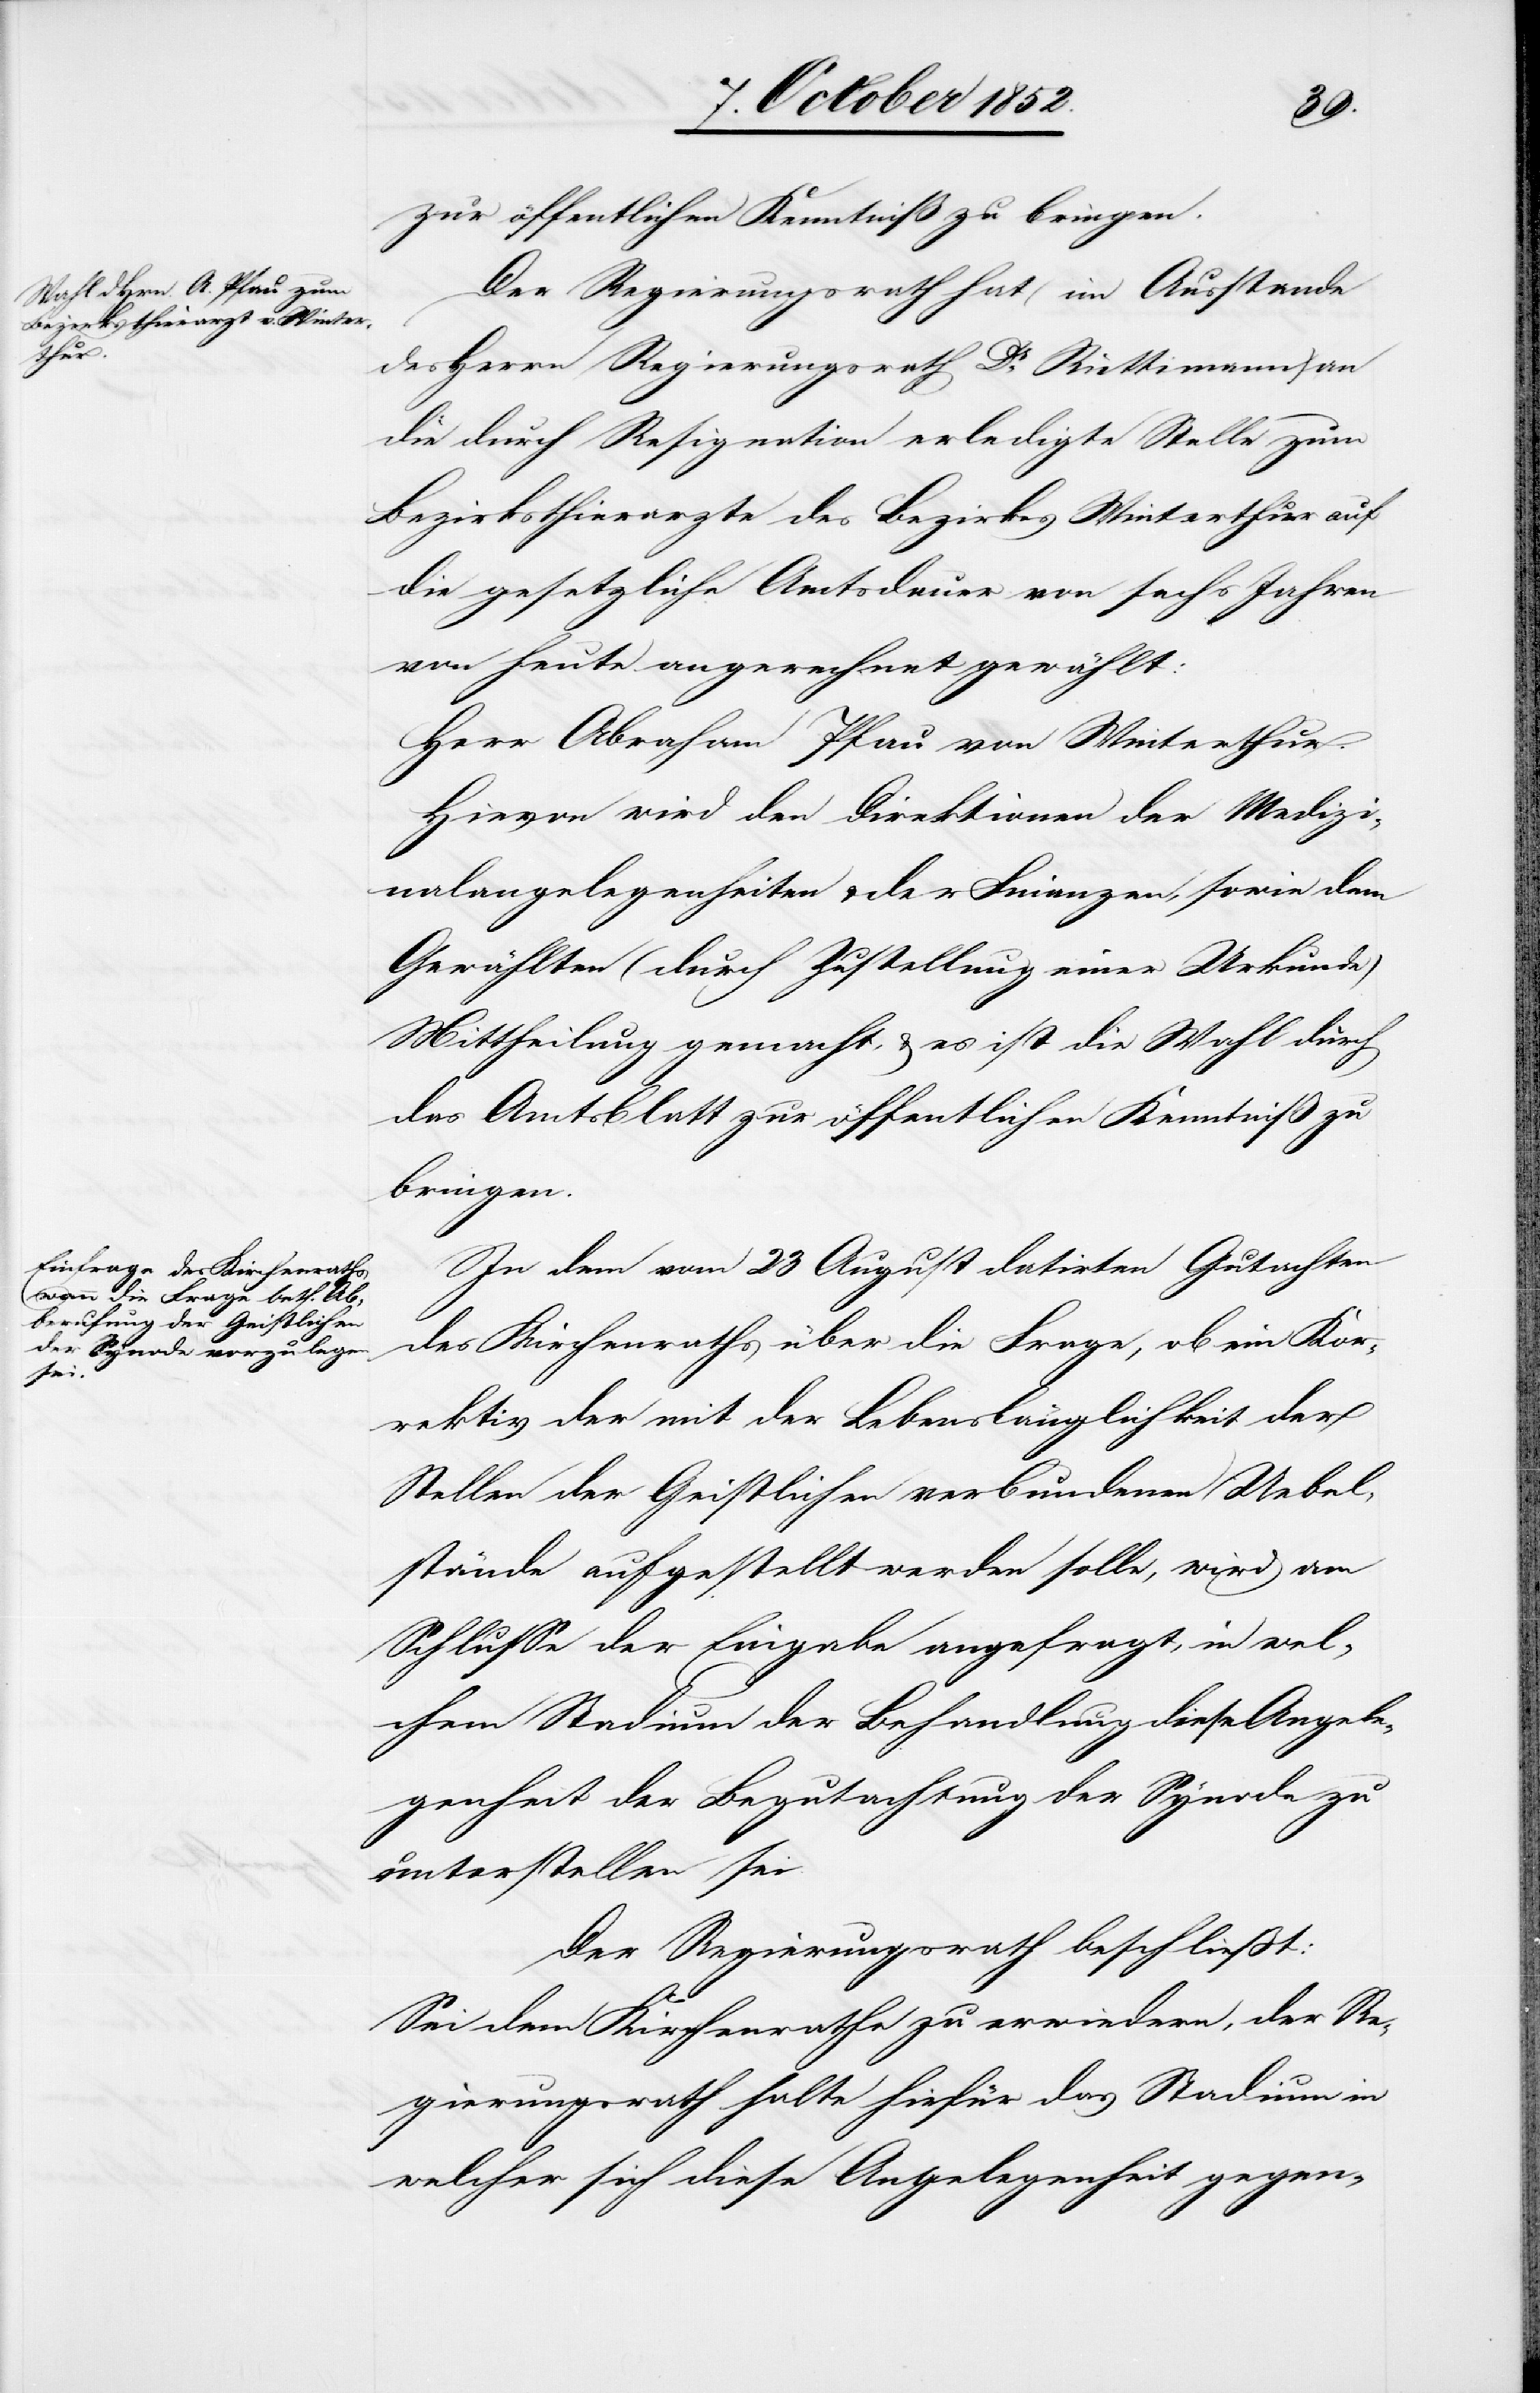
zur öffentlichen Kenntniß zu bringen.
Der Regierungsrath hat (im Ausstande
des Herrn Regierungsrath Dr. Rüttimann) an
die durch Resignation erledigte Stelle zum
Bezirksthierarzte des Bezirkes Winterthur auf
die gesetzliche Amtsdauer von sechs Jahren
von heute angerechnet gewählt:
Herr Abraham Pfau von Winterthur.
Hievon wird den Direktionen der Medizi¬
nalangelegenheiten & der Finanzen, sowie dem
Gewählten (durch Zustellung einer Urkunde)
Mittheilung gemacht, & es ist die Wahl durch
das Amtsblatt zur öffentlichen Kenntniß zu
bringen.
In dem vom 23 August datirten Gutachten
des Kirchenraths über die Frage, ob ein Kor¬
rektiv der mit der Lebenslänglichkeit der
Stellen der Geistlichen verbundenen Uebel¬
stände aufgestellt werden solle, wird am
Schlusse der Eingabe angefragt, in wel¬
chem Stadium der Behandlung diese Angele¬
genheit der Begutachtung der Synode zu
unterstellen sei.
Der Regierungsrath beschließt:
Sei dem Kirchenrathe zu erwiedern, der Re¬
gierungsrath halte hiefür das Stadium in
welcher sich diese Angelegenheit gegen-